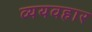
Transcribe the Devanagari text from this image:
व्ययवहार